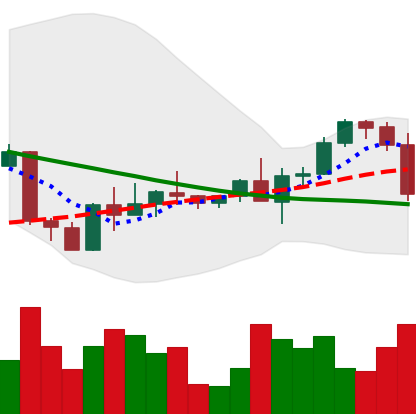
Ticker: ETH-USD
Chart end date: 2022-09-13
Forward return: -15.528%
Label: down_7plus